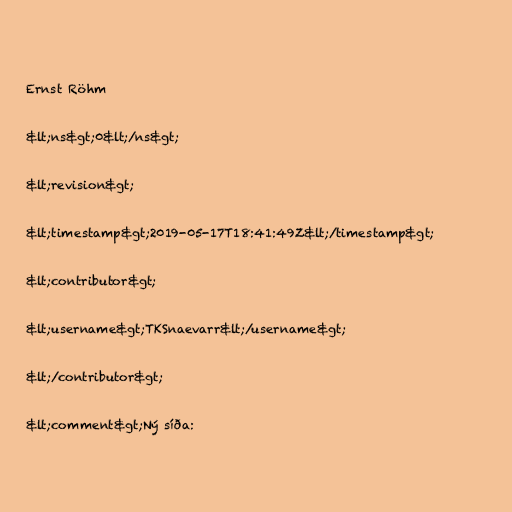
Ernst Röhm

&lt;ns&gt;0&lt;/ns&gt;

&lt;revision&gt;

&lt;timestamp&gt;2019-05-17T18:41:49Z&lt;/timestamp&gt;

&lt;contributor&gt;

&lt;username&gt;TKSnaevarr&lt;/username&gt;

&lt;/contributor&gt;

&lt;comment&gt;Ný síða: